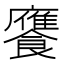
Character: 𮩕